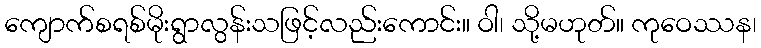
ကျောက်စရစ်မိုးရွာလွန်းသဖြင့်လည်းကောင်း။ ဝါ၊ သို့မဟုတ်။ ကုဝေဿန၊